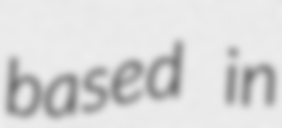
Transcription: based in